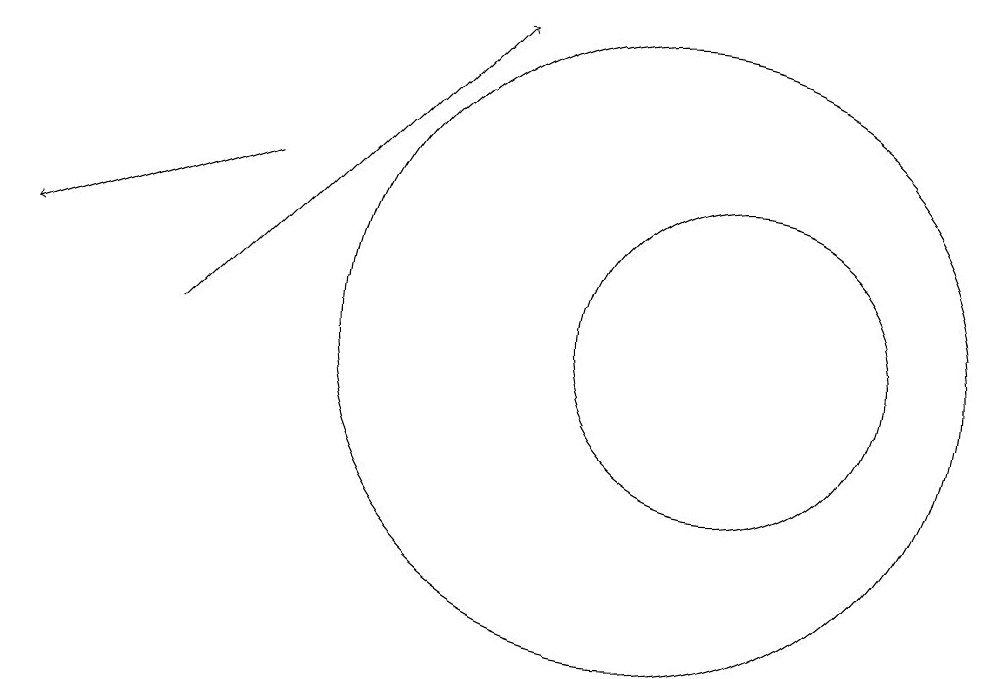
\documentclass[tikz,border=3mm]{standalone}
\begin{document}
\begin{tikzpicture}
\draw (10,10) circle (4);
\draw[->] (5,12) -- (2,11);
\draw[->] (4,10) -- (8,14);
\draw (11,10) circle (2);
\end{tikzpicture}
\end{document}